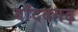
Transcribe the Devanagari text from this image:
बाँदवगढ़